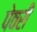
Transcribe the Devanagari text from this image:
पेवरी